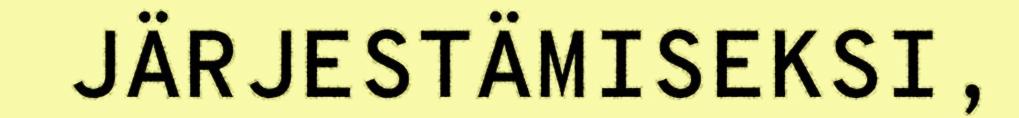
JÄRJESTÄMISEKSI,